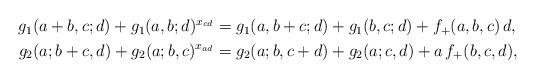
\begin{align*} \begin{aligned} g_1(a+b,c;d) + g_1(a,b;d)^{x_{cd}} & = g_1(a,b+c;d) + g_1(b,c;d) +f_+(a,b,c)\,d,\\ g_2(a;b+c,d) + g_2(a;b,c)^{x_{ad}} & = g_2(a;b,c+d) + g_2(a;c,d) +a\,f_+(b,c,d), \end{aligned}\end{align*}